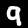
Label: 9